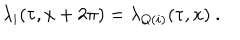
LaTeX: \lambda _ { i } ( \tau , x + 2 \pi ) = \lambda _ { Q ( i ) } ( \tau , x ) ~ .